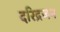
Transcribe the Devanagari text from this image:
दरिद्रजन